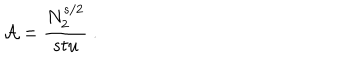
{ \cal A } = \frac { N _ { 2 } ^ { s / 2 } } { s t u } \ .